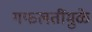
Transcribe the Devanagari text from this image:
गफलतींमुळे